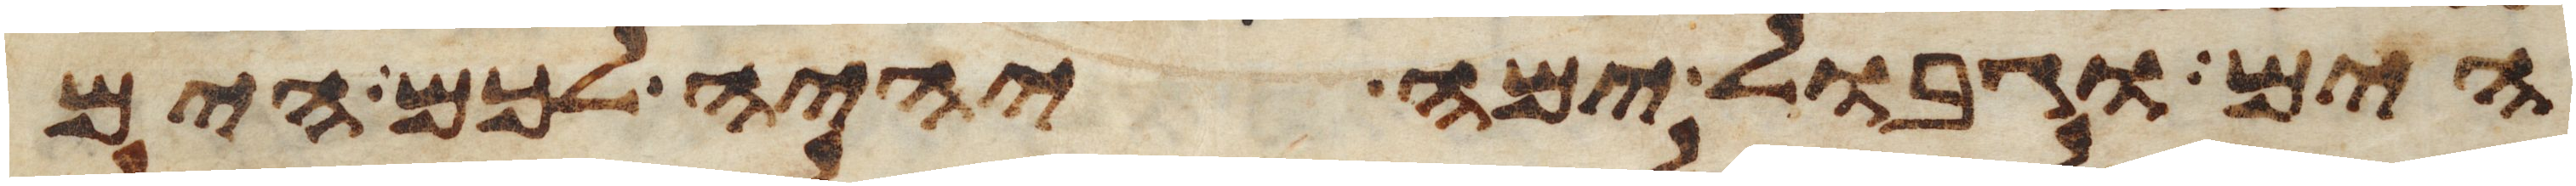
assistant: הים וגבול ימה יהיה לכם הים